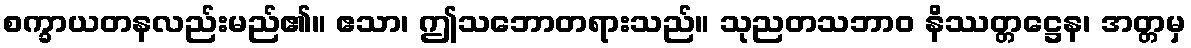
စက္ခာယတနလည်းမည်၏။ ဧသာ၊ ဤသဘောတရားသည်။ သုညတသဘာဝ နိဿတ္တဋ္ဌေန၊ အတ္တမှ